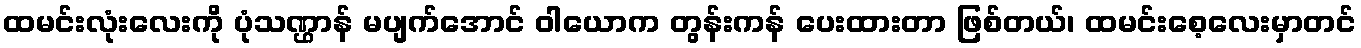
ထမင်းလုံးလေးကို ပုံသဏ္ဌာန် မပျက်အောင် ဝါယောက တွန်းကန် ပေးထားတာ ဖြစ်တယ်၊ ထမင်းစေ့လေးမှာတင်